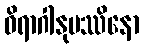
ဝိရာဂါနုပဿိနော